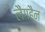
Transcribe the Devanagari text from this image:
लैंगहैन